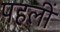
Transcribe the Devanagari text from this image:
पहलीं